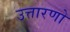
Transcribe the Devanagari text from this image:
उत्तारणो